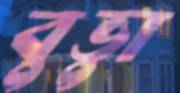
বুভুা